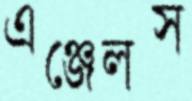
এঞ্জেলস